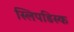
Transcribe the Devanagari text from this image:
स्लिपडिस्क